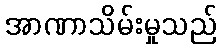
အာဏာသိမ်းမှုသည်